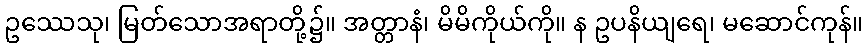
ဥဿေသု၊ မြတ်သောအရာတို့၌။ အတ္တာနံ၊ မိမိကိုယ်ကို။ န ဥပနိယျရေ၊ မဆောင်ကုန်။